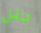
تنقل